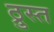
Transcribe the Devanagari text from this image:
ठ्रुस्त